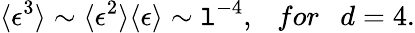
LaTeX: \langle\epsilon^{3}\rangle\sim\langle\epsilon^{2}\rangle\langle\epsilon\rangle\sim\mathtt{l}^{-4},~~~for~~~d=4.